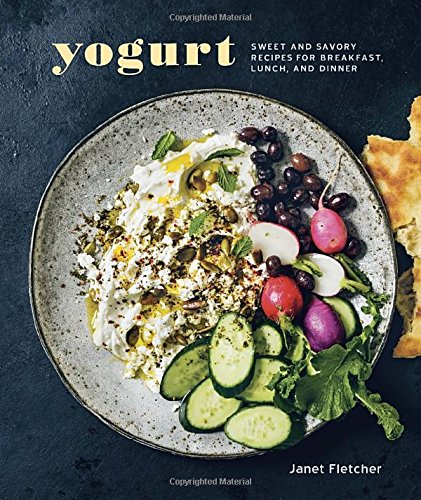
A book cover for Yogurt: Sweet and Savory Recipes for Breakfast, Lunch, and Dinner; Janet Fletcher; Cookbooks, Food & Wine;